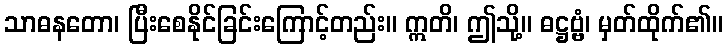
သာဓနတော၊ ပြီးစေနိုင်ခြင်းကြောင့်တည်း။ ဣတိ၊ ဤသို့။ ဓဋ္ဌဗ္ဗံ၊ မှတ်ထိုက်၏။